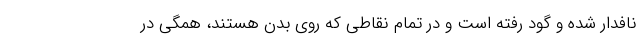
نافدار شده و گود رفته است و در تمام نقاطی که روی بدن هستند، همگی در